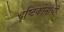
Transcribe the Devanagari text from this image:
दृष्टिकोनांची